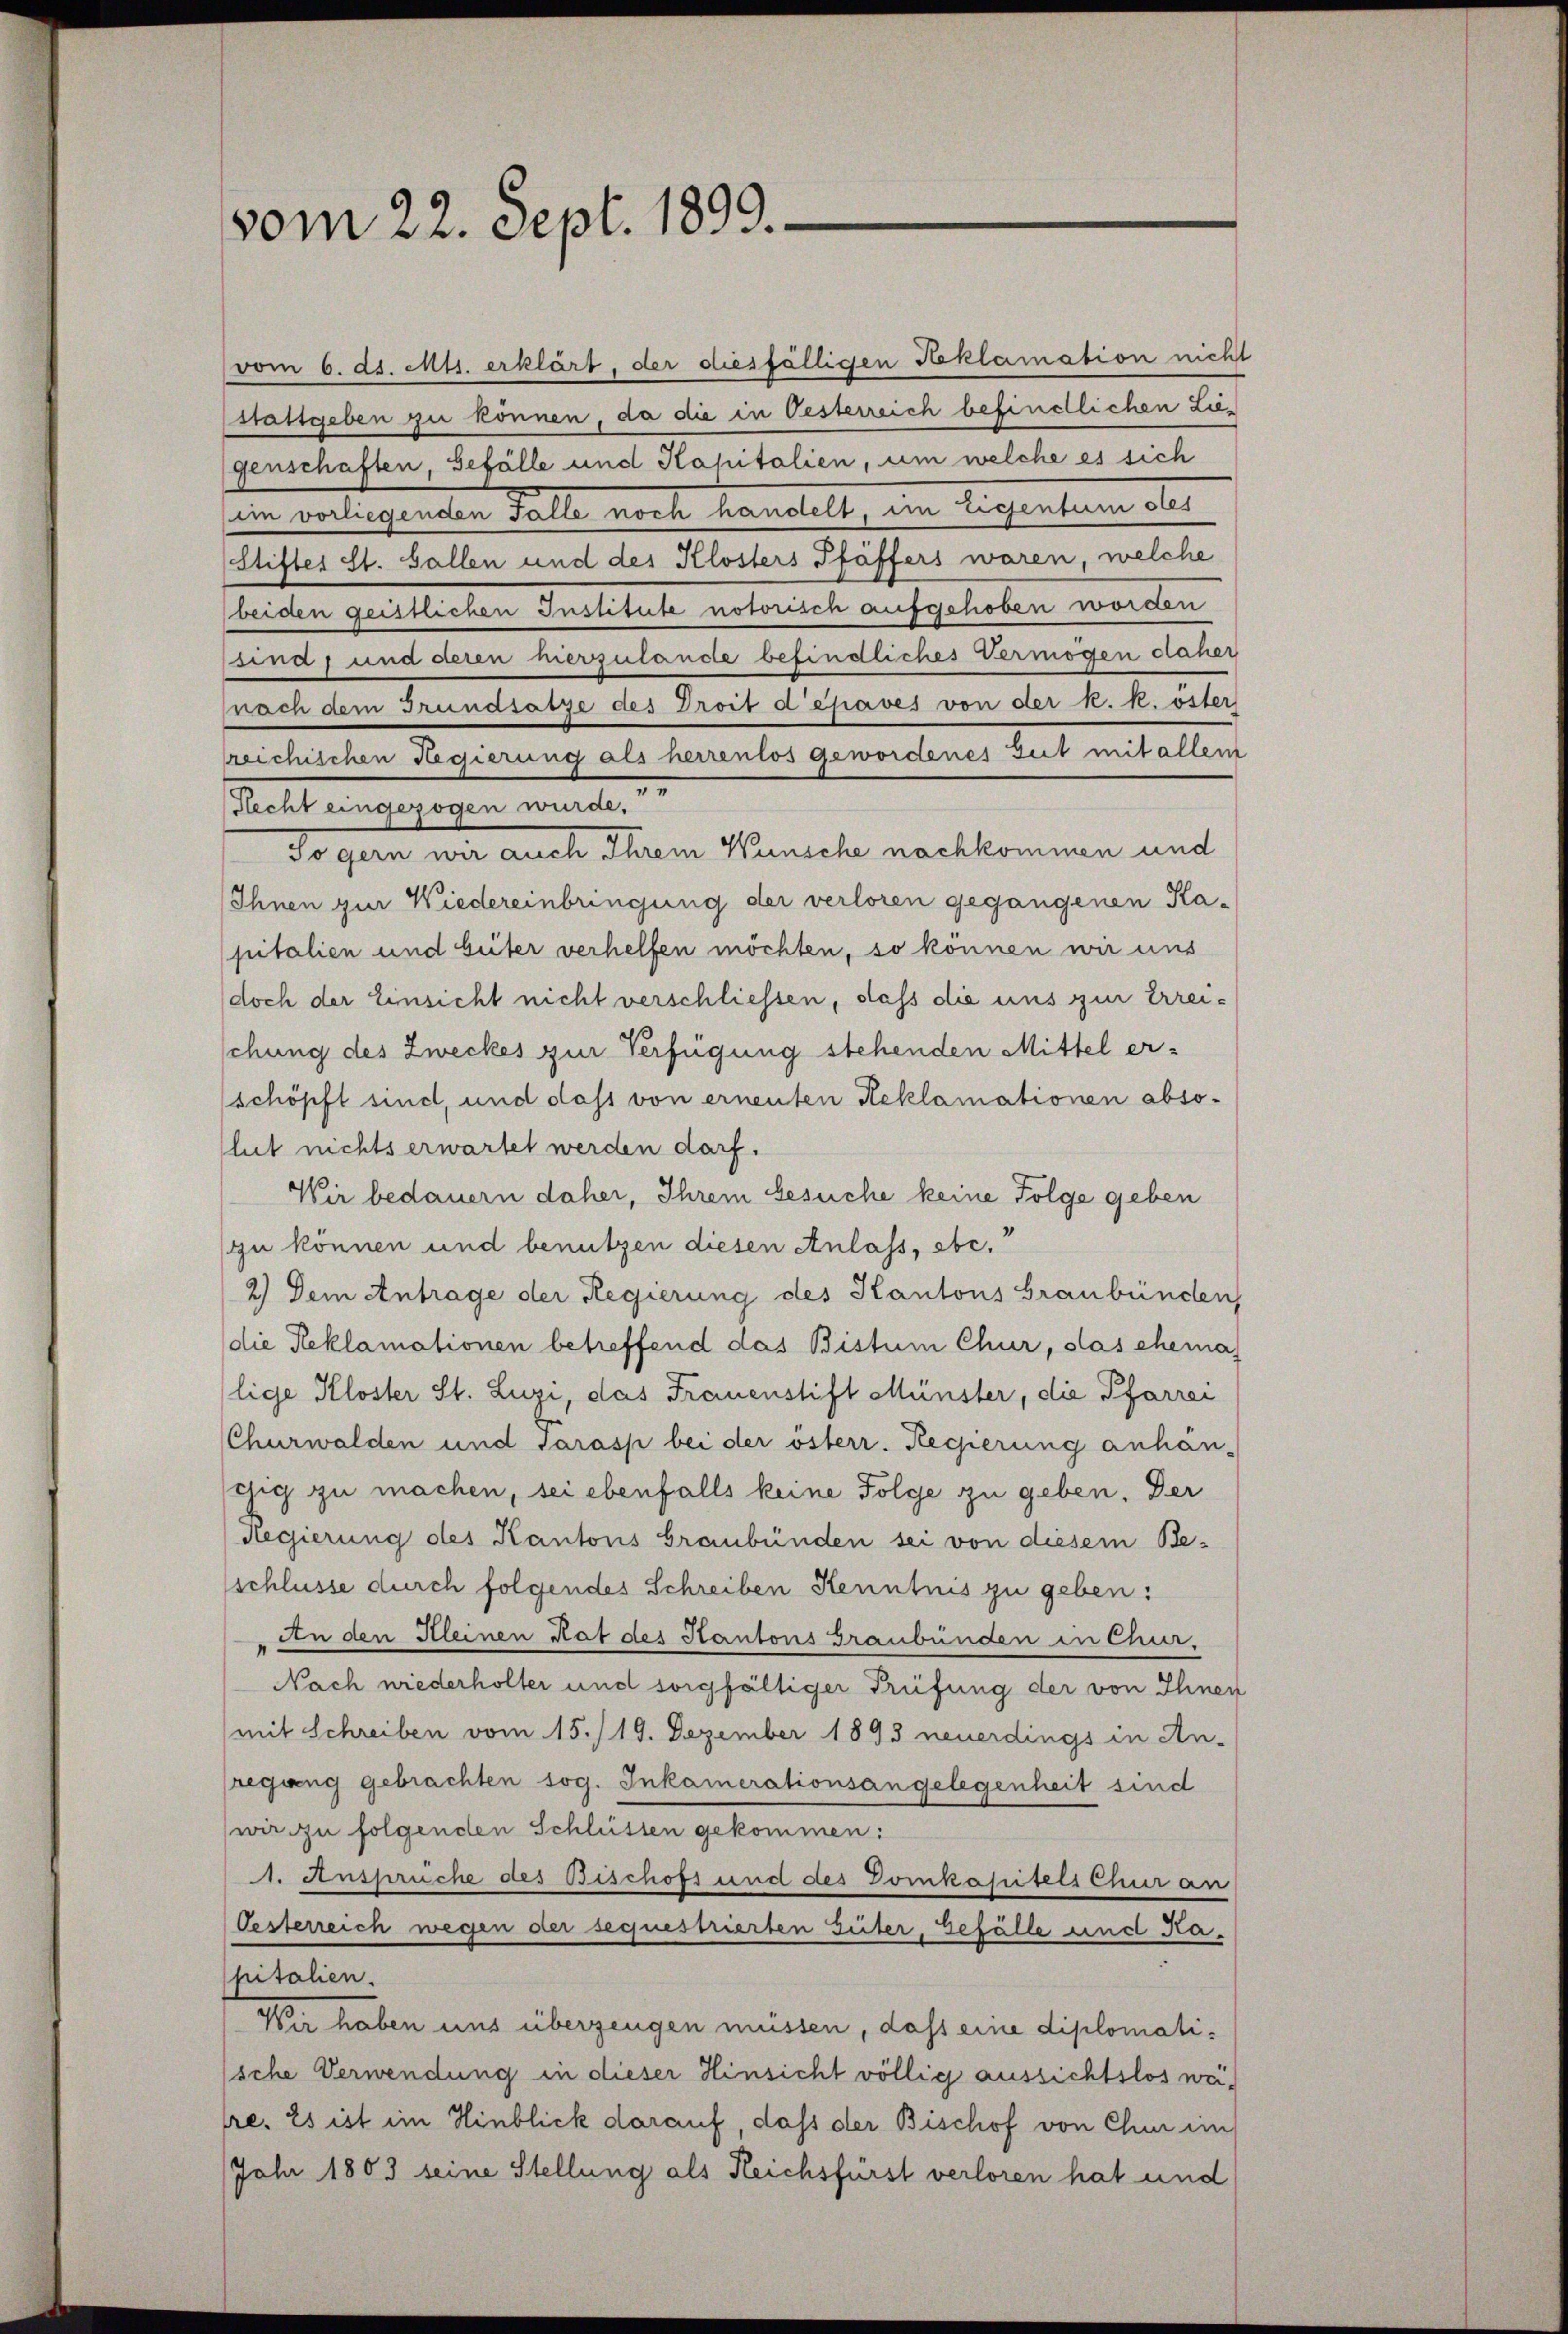
vom 6. ds. Mts. erklärt, der diesfälligen Reklamation nicht
stattgeben zu können, da die in Oesterreich befindlichen Liegenschaften, Gefälle und Kapitalien, um welche es sich
im vorliegenden Falle noch handelt, im Eigentum dies
Stiftes St. Gallen und des Klosters Pfäffers waren, welche
beiden geistlichen Institute notorisch aufgehoben worden
sind, und deren hierzulande befindliches Vermögen daher
nach dem Grundsätze des Droit dépaves von der k. k. öster
reichischen Regierung als herrentos gewordenes Zeit mit allem
Hecht eingezogen wurde.
Tögern wir auch Ihrem Wünsche nachkommen und
Ihnen zur Wiedereinbringung der verloren gegangenen Ka-
pitalien und beiter verhelfen möchten, so können wir uns
(doch der Einsicht nicht verschliessen, dass die uns zur Erreischung des Zweckes zur Verfügung stehenden Mittel erschöpft sind, und das von erneuten Reklamationen absolut nichts erwartet werden darf.
Wir bedauern daher, Ihrem Gesuche keine Folge geben
(zu können und benutzen diesen Anlass, abe.
2.) Dem Antrage der Regierung des Kantons Graubünden
(die Reklamationen betreffend das Bistum Chur, das ehema
lige Kloster St. Luzi, das Frauenstift Münster, die Pfarrei
Churwalden und Sarasp bei der österr. Regierung anhän-
dig zu machen, sei ebenfalls keine Folge zu geben. Der
Regierung des Kantons Graubünden sei von diesem Be-
schlüsse durch folgendes Schreiben Kenntnis zu geben:
An den Kleinen Rat des Kantons Graubünden in Chur,
Nach wiederholter und sorgfältiger Prüfung der von Ihnen
mit Schreiben vom 15./19. Dezember 1893 neuerdings in An-
regung gebrachten sog. Inkamerationsangelegenheit sind
wir zu folgenden Schlüssen gekommen:
1. Ansprüche des Bischofs und des Domkapitels Chur an
Oesterreich wegen der sequestrierten Güter, Gefälle und Kapitalien.
Wir haben uns überzeugen müssen, dass eine diplomatische Verwendung in dieser Hinsicht völlig aussichtslos weire. Es ist im Hinblick darauf, daß der Bischof von Chur im
Jahr 1803 seine Stellung als Reichsfürst verloren hat und

vom 22. Sept. 1899.